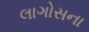
લાગોસના